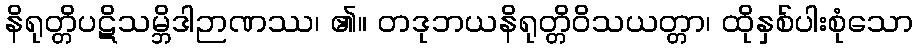
နိရုတ္တိပဋိသမ္ဘိဒါဉာဏဿ၊ ၏။ တဒုဘယနိရုတ္တိဝိသယတ္တာ၊ ထိုနှစ်ပါးစုံသော